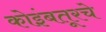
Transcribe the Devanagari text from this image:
कोइंबतूरचे